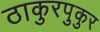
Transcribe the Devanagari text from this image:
ठाकुरपुकुर